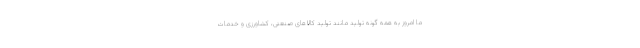
ما امروز به همه گونه تولید مانند تولید کالاهای صنعتی، کشاورزی و خدمات